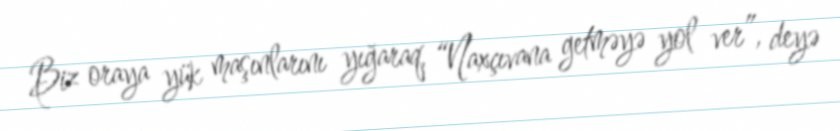
Biz oraya yük maşınlarını yığaraq, “Naxçıvana getməyə yol ver”, deyə